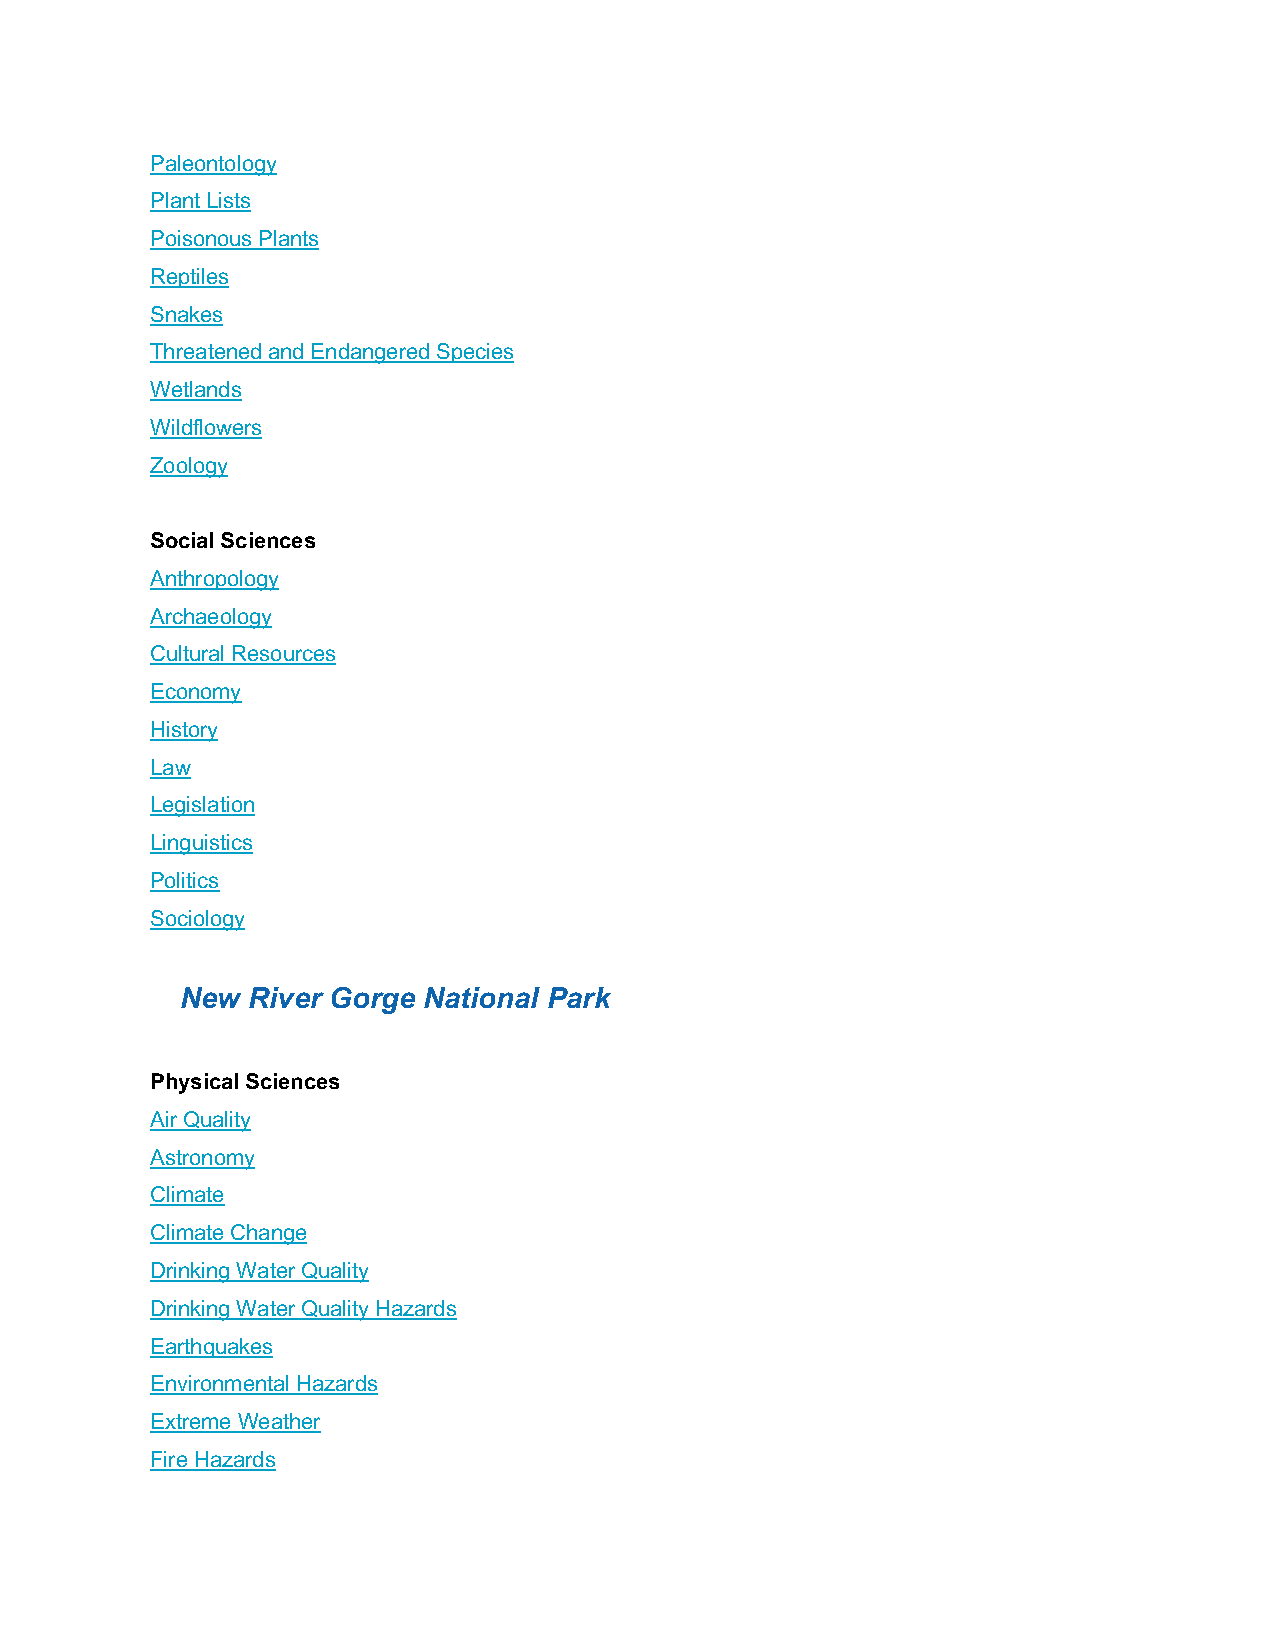
Paleontology
 Plant Lists
 Poisonous Plants
 Reptiles
 Snakes
 Threatened and Endangered Species
 Wetlands
 Wildflowers
 Zoology
 Social Sciences
 Anthropology
 Archaeology
 Cultural Resources
 Economy
 History
 Law
 Legislation
 Linguistics
 Politics
 Sociology
 New River Gorge National Park
 Physical Sciences
 Air Quality
 Astronomy
 Climate
 Climate Change
 Drinking Water Quality
 Drinking Water Quality Hazards
 Earthquakes
 Environmental Hazards
 Extreme Weather
 Fire Hazards